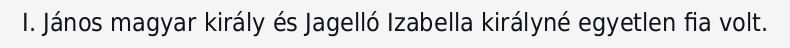
I. János magyar király és Jagelló Izabella királyné egyetlen fia volt.